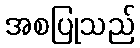
အစပြုသည်